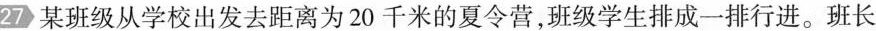
27某班级从学校出发去距离为20千米的夏令营，班级学生排成一排行进。班长